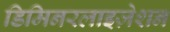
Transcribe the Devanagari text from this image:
डिमिनरलाइज़ेशन